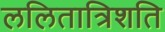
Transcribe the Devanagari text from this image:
ललितात्रिशति